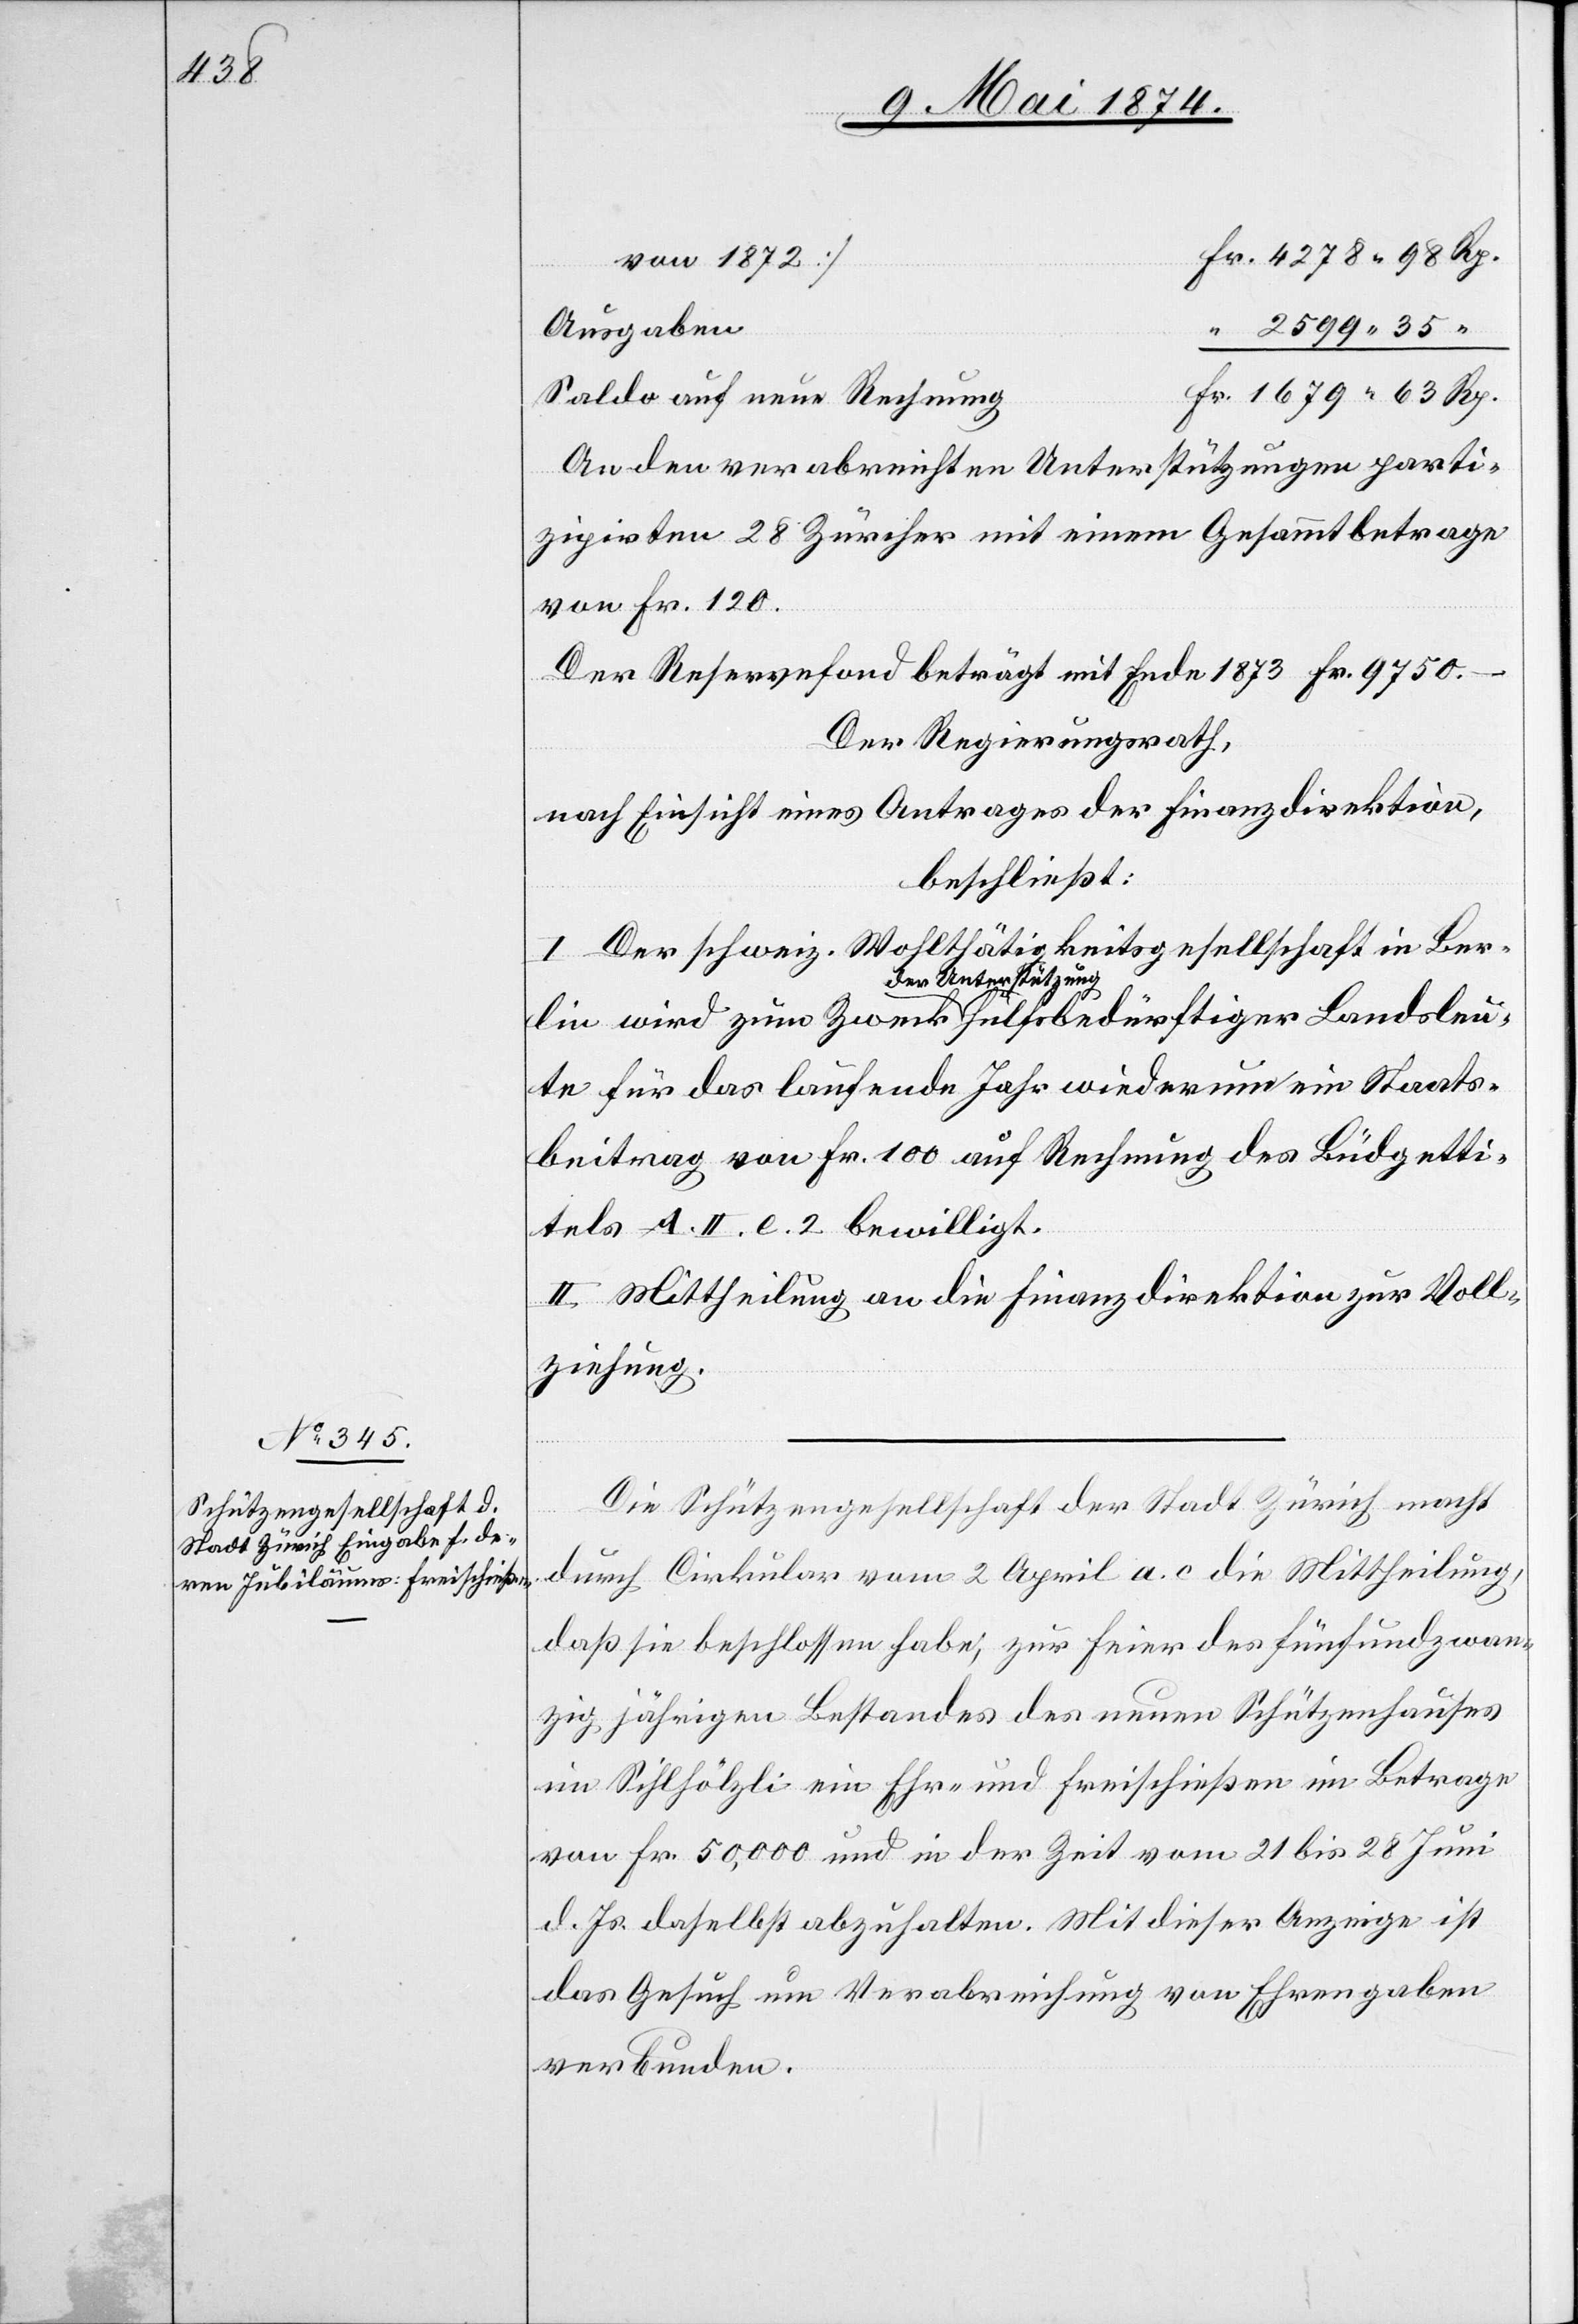
von 1872]
Ausgaben
Saldo auf neue Rechnung
An den verabreichten Unterstützungen partie¬
zipirten 28 Zürcher mit einem Gesammtbetrage
von Fr. 120.
Der Reservefond beträgt mit Ende 1873 Fr. 9750.–
Der Regierungsrath,
nach Einsicht eines Antrages der Finanzdirektion,
beschließt:
I. Der schweiz. Wohlthätigkeitsgesellschaft in Ber¬
lin wird zum Zweck der Unterstützung hülfsbedürftiger Landsleu¬
te für das laufende Jahr wiederum ein Staats¬
beitrag von Fr. 100 auf Rechnung des Büdgetti¬
tels A. II. 2. 2 bewilligt.
II. Mittheilung an die Finanzdirektion zur Voll¬
ziehung.
Die Schützengesellschaft der Stadt Zürich macht
durch Cirkular vom 2. April a. c. die Mittheilung,
daß sie beschlossen habe, zur Feier des fünfundzwan¬
zig jährigen Bestandes des neuen Schützenhauses
im Sihlhölzli ein Ehr- und Freischießen im Betrage
von Fr. 50,000 und in der Zeit vom 21 bis 28. Juni
d. Js. daselbst abzuhalten. Mit dieser Anzeige ist
das Gesuch um Verabreichung von Ehrengaben
verbunden.